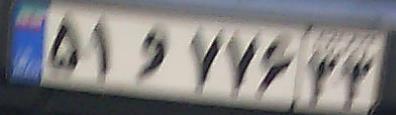
۵۱و۷۷۶۳۳